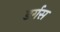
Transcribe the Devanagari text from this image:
डर्गस